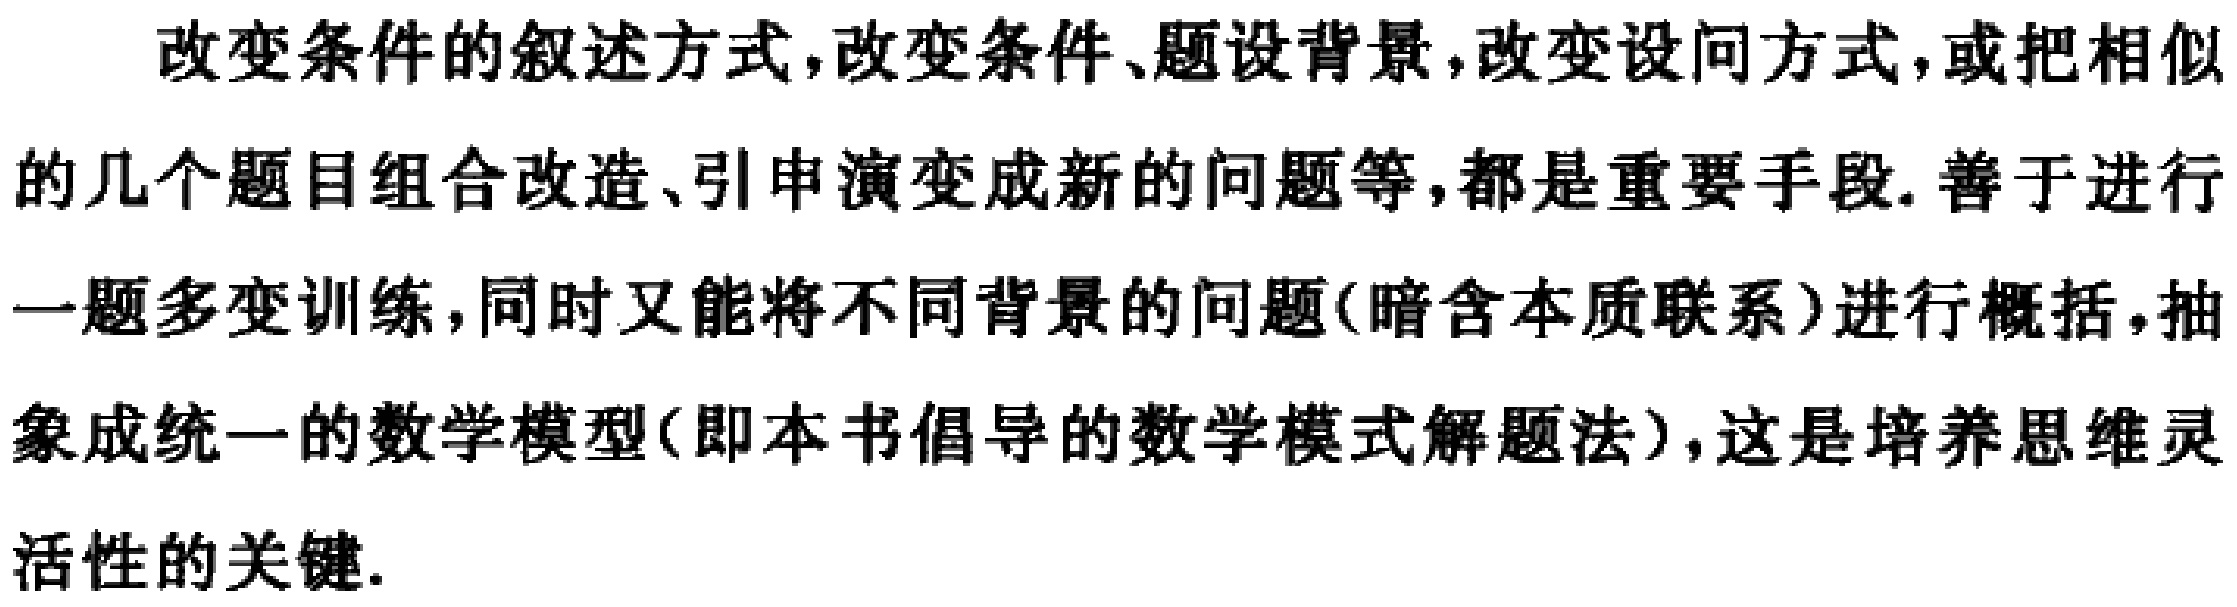
改变条件的叙述方式,改变条件、题设背景,改变设问方式,或把相似的几个题目组合改造、引申演变成新的问题等,都是重要手段. 善于进行一题多变训练,同时又能将不同背景的问题(暗含本质联系)进行概括,抽象成统一的数学模型(即本书倡导的数学模式解题法),这是培养思维灵活性的关键.